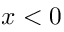
x < 0